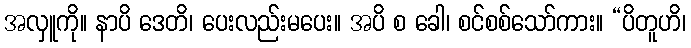
အလှူကို။ နာပိ ဒေတိ၊ ပေးလည်းမပေး။ အပိ စ ခေါ၊ စင်စစ်သော်ကား။ “ပိတူဟိ၊